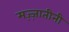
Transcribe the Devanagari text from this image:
मज़्ज़ातीनी